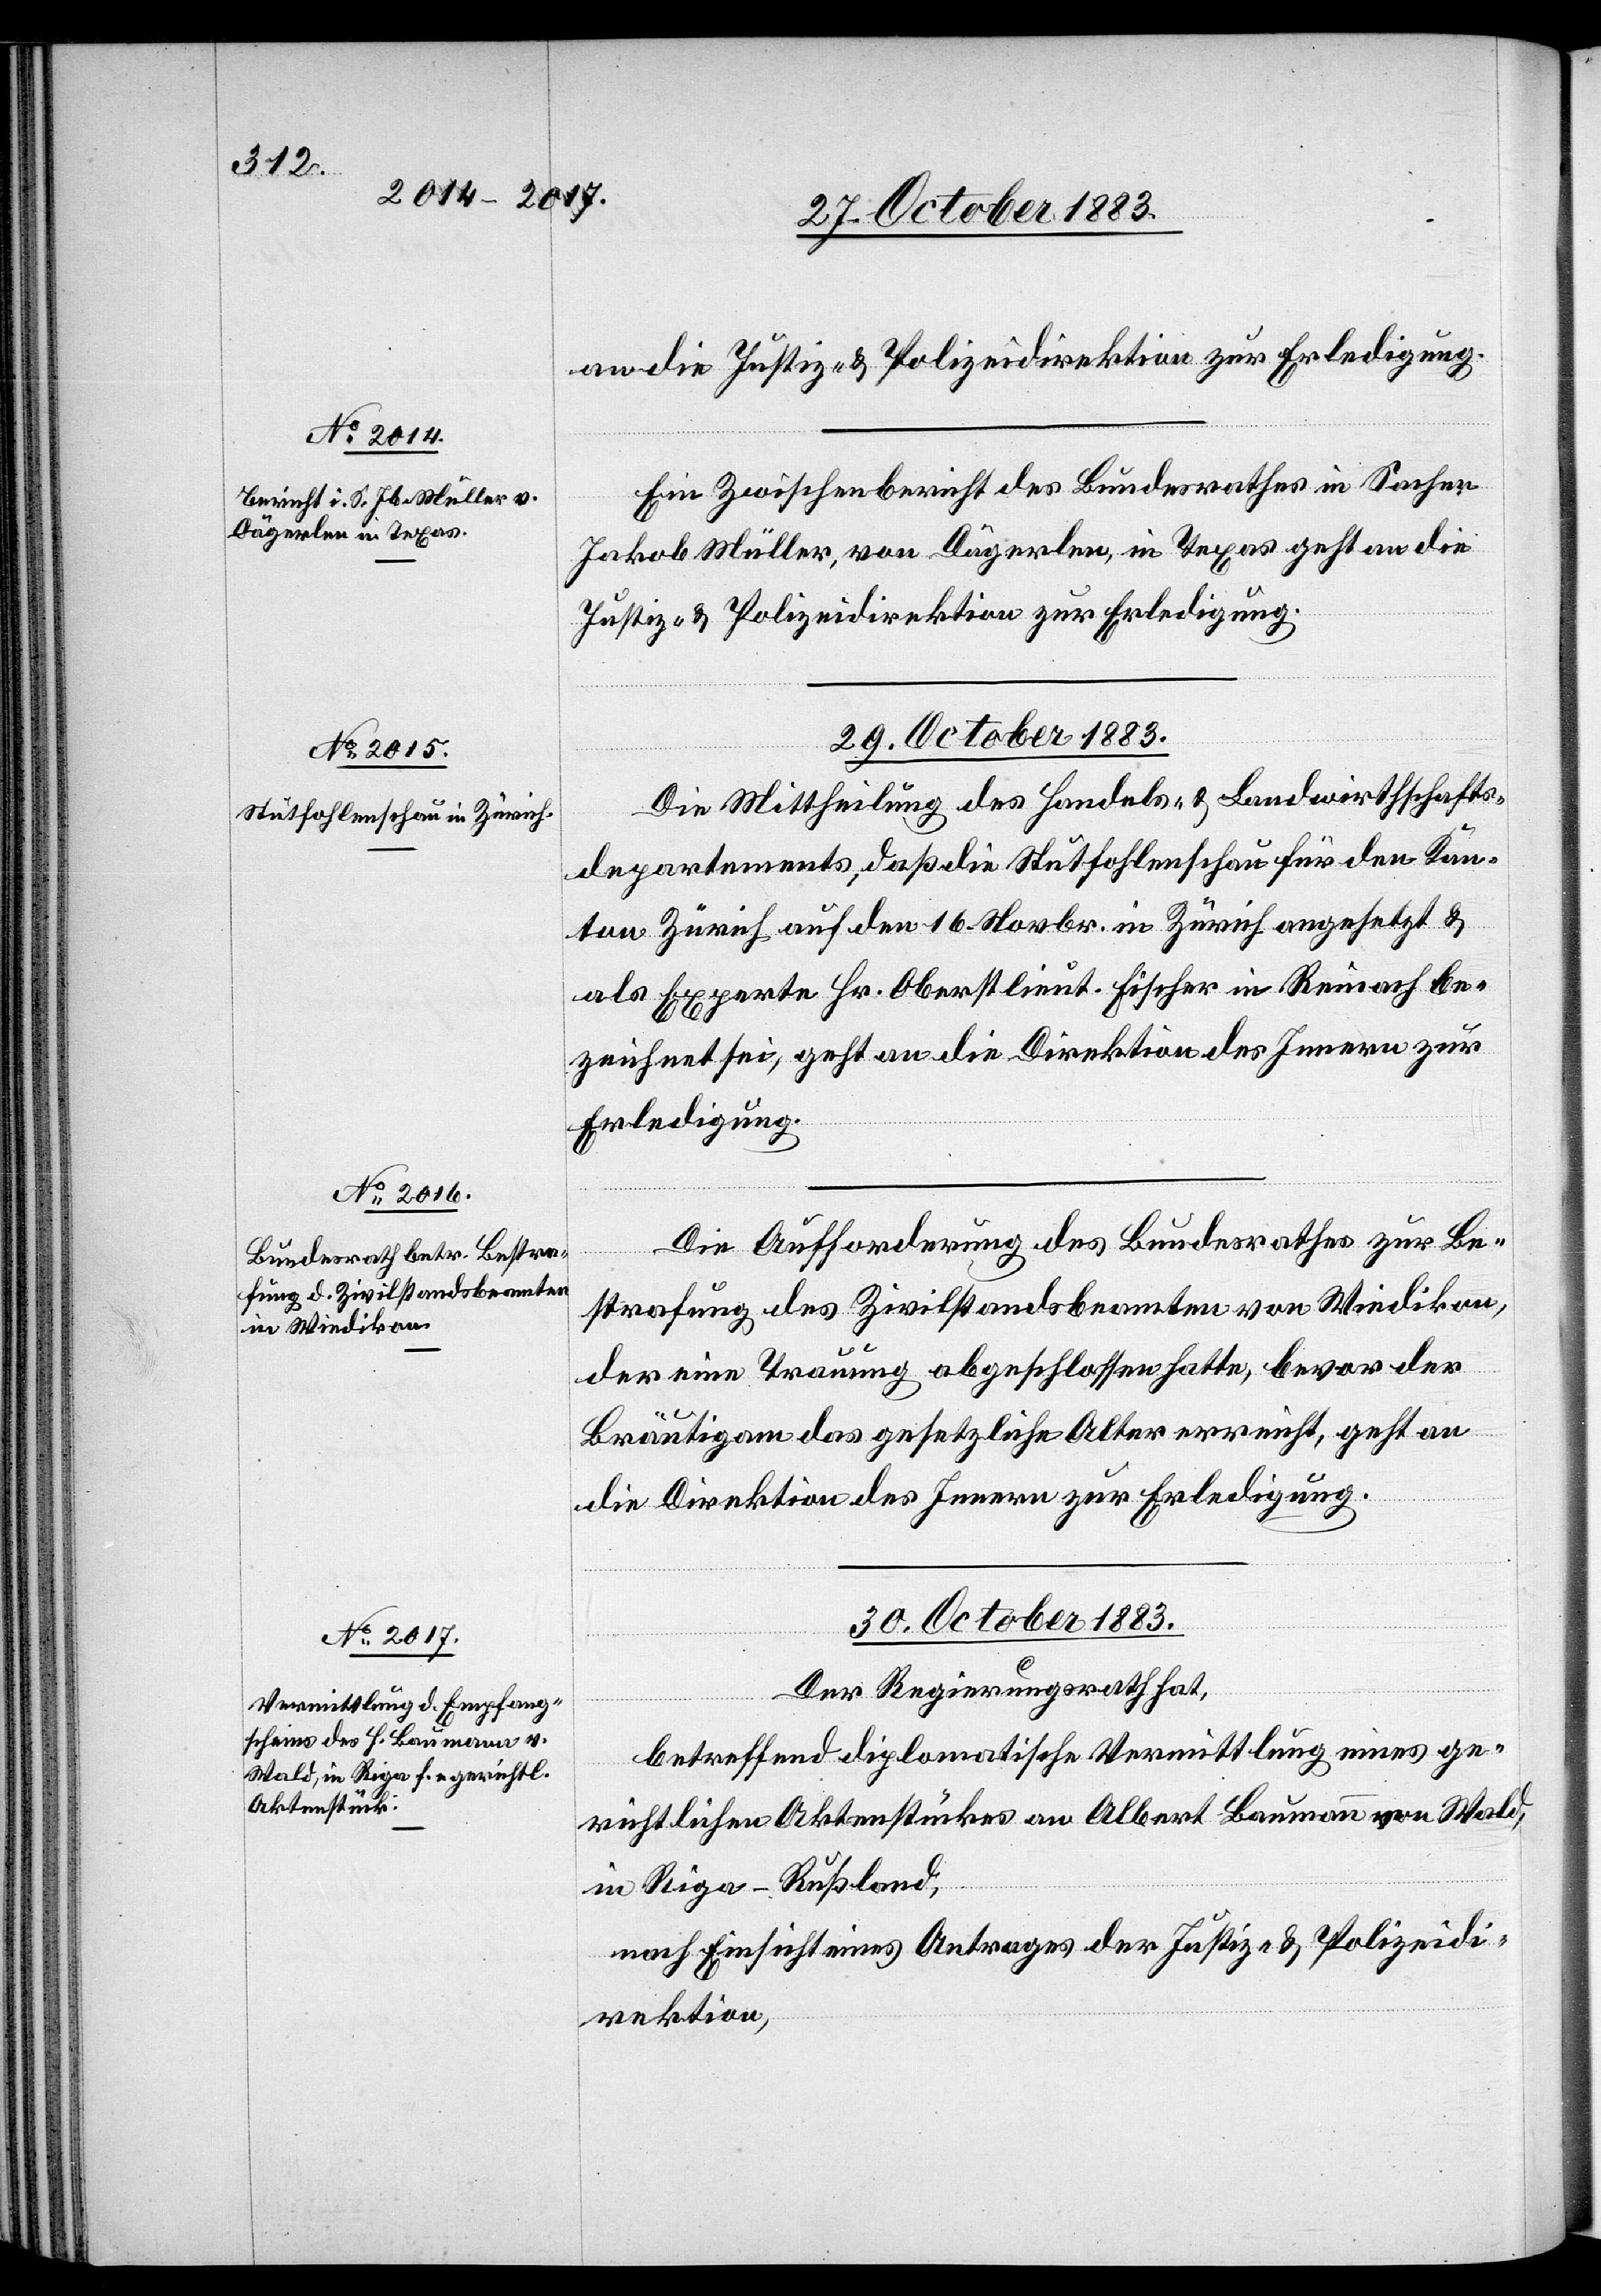
29. October 1883.]
an die Justiz- & Polizeidirektion zur Erledigung.
Ein Zwischenbericht des Bundesrathes in Sachen
Jakob Müller, von Dägerlen, in Texas geht an die
Justiz- & Polizeidirektion zur Erledigung.
29. October 1883.
Die Mittheilung des Handels- & Landwirthschafts¬
departments, daß die Stutfohlen für den Kanton
Zürich auf den 16. Novbr. in Zürich angesetzt &
als Experte Hr. Oberstlieut. Fischer in Reinach be¬
zeichnet sei, geht an die Direktion des Innern zur
Erledigung.
Die Aufforderung des Bundesrathes zur Be¬
strafung des Zivilstandsbeamten von Wiedikon,
der eine Trauung abgeschlossen hatte, bevor der
Bräutigam das gesetzliche Alter erreicht, geht an
die Direktion des Innern zur Erledigung.
30. October 1883.
Der Regierungsrath hat,
betreffend diplomatische Vermittlung eines ge¬
richtlichen Aktenstückes an Albert Baumann von Wald,
in Riga - Rußland,
nach Einsicht eines Antrages der Justiz- & Polizeidi¬
rektion,